Scottish Leaving Certificate Examination, 1959
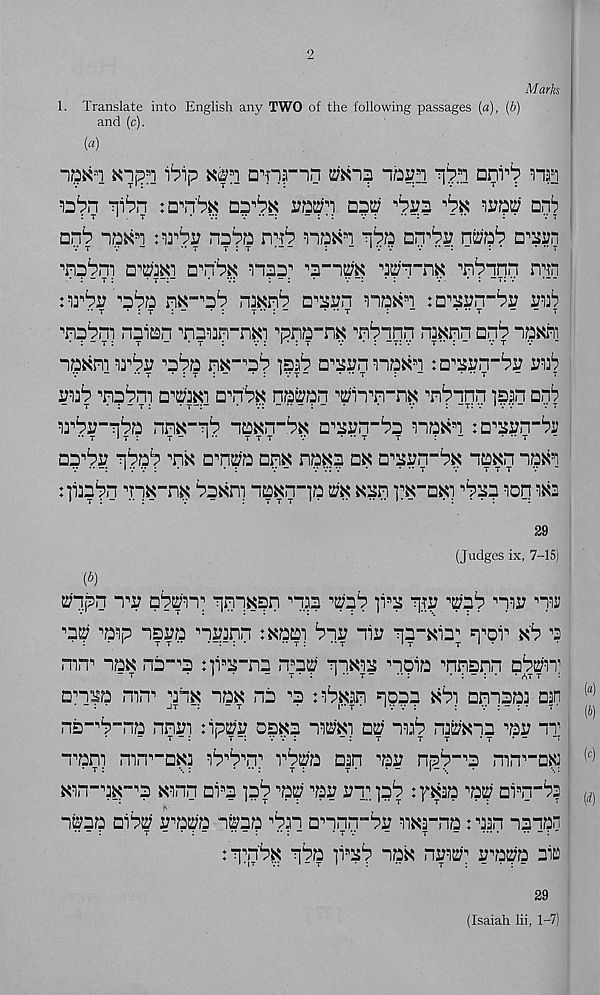
2
Marks
1. Translate into English any TWO of the following passages (a), (b)
and (c).
{a)
-i!5K s i
i^ip K0 DTir^O
™
is'pn “qi^n :dt6s
opt??
irp?; Dpb
nr^ir nppp
ppp Dp^i? nt^p^ D^yn
d^ki
^““i^
^ri'pnnp mn
xwhv ^12 m-^b
a'zvn nax B i m'zvn-by wb
t -it:-
•:
T” : “
‘ " t
: -
’ " t
- “ t
'nabni nnian ^nn^n-nxi pna-na ^n^nnn nwnn nnb "iaxni
"ia«m wbv ^bi: m-^b mb o^rnna^i tn'xvn-bu unb
.. T • : t : -
• : 1 v t “
• •• t
: “
• " t
“
t
yvb 'np^ni d^]ki Q B n'^ nsran
'n^nnp ip.?n apb
^^17-nba nn«-p^ imn-bx n^vn-bz na^i m^yn-bv
D^by ribfib'm
nm naxa ax a B ;si?n-^« naxn “ia« s i
v *• -: 1 v :
• :
v -
v v: v
•
• •• t
v
t t t v
:]i3apn B nx-nK ^axni np^n-p ^
i B K-aKi B pap leq m
29
(Judges ix, 7-15)
(b)
^ppn i'y apKpT qnpKpn nn 'tinb ]i*x ^y ^nb my mv
B ap ^p ips?a B pi?3qn :^api biy -ny qp"Kia; q‘’ei B nib ’3
mrr na^ na- B a :)i^-na n B ap
naia •'nnann ajppn;
□n^a nm mn nax na B a n^xan qoaa nb'i amaaa aan
na-'p-na nnn :ipm os^a
nui aiaP na^aa ■’ai? it
"i B an^ mn^-ana aP B P B n B Tpp'a aan B ai: npP“ B a mn i- BW
Nirnafrpa Kinn ai s a pP B ap B aa rTpP tf^aa W arn-ps
“Pap aiPp appa n^ap pn Dpnq-Ps; aiKrna: aan nanpn
:qpp^ qpp ppp na^ npa^B iratfa aia
29
(Isaiah lii, 1-7)